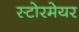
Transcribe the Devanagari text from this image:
स्टोरमेयर